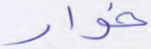
خوار